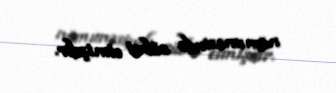
nümunəsində sübut etmişdir.